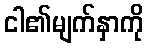
ငါ၏မျက်နှာကို